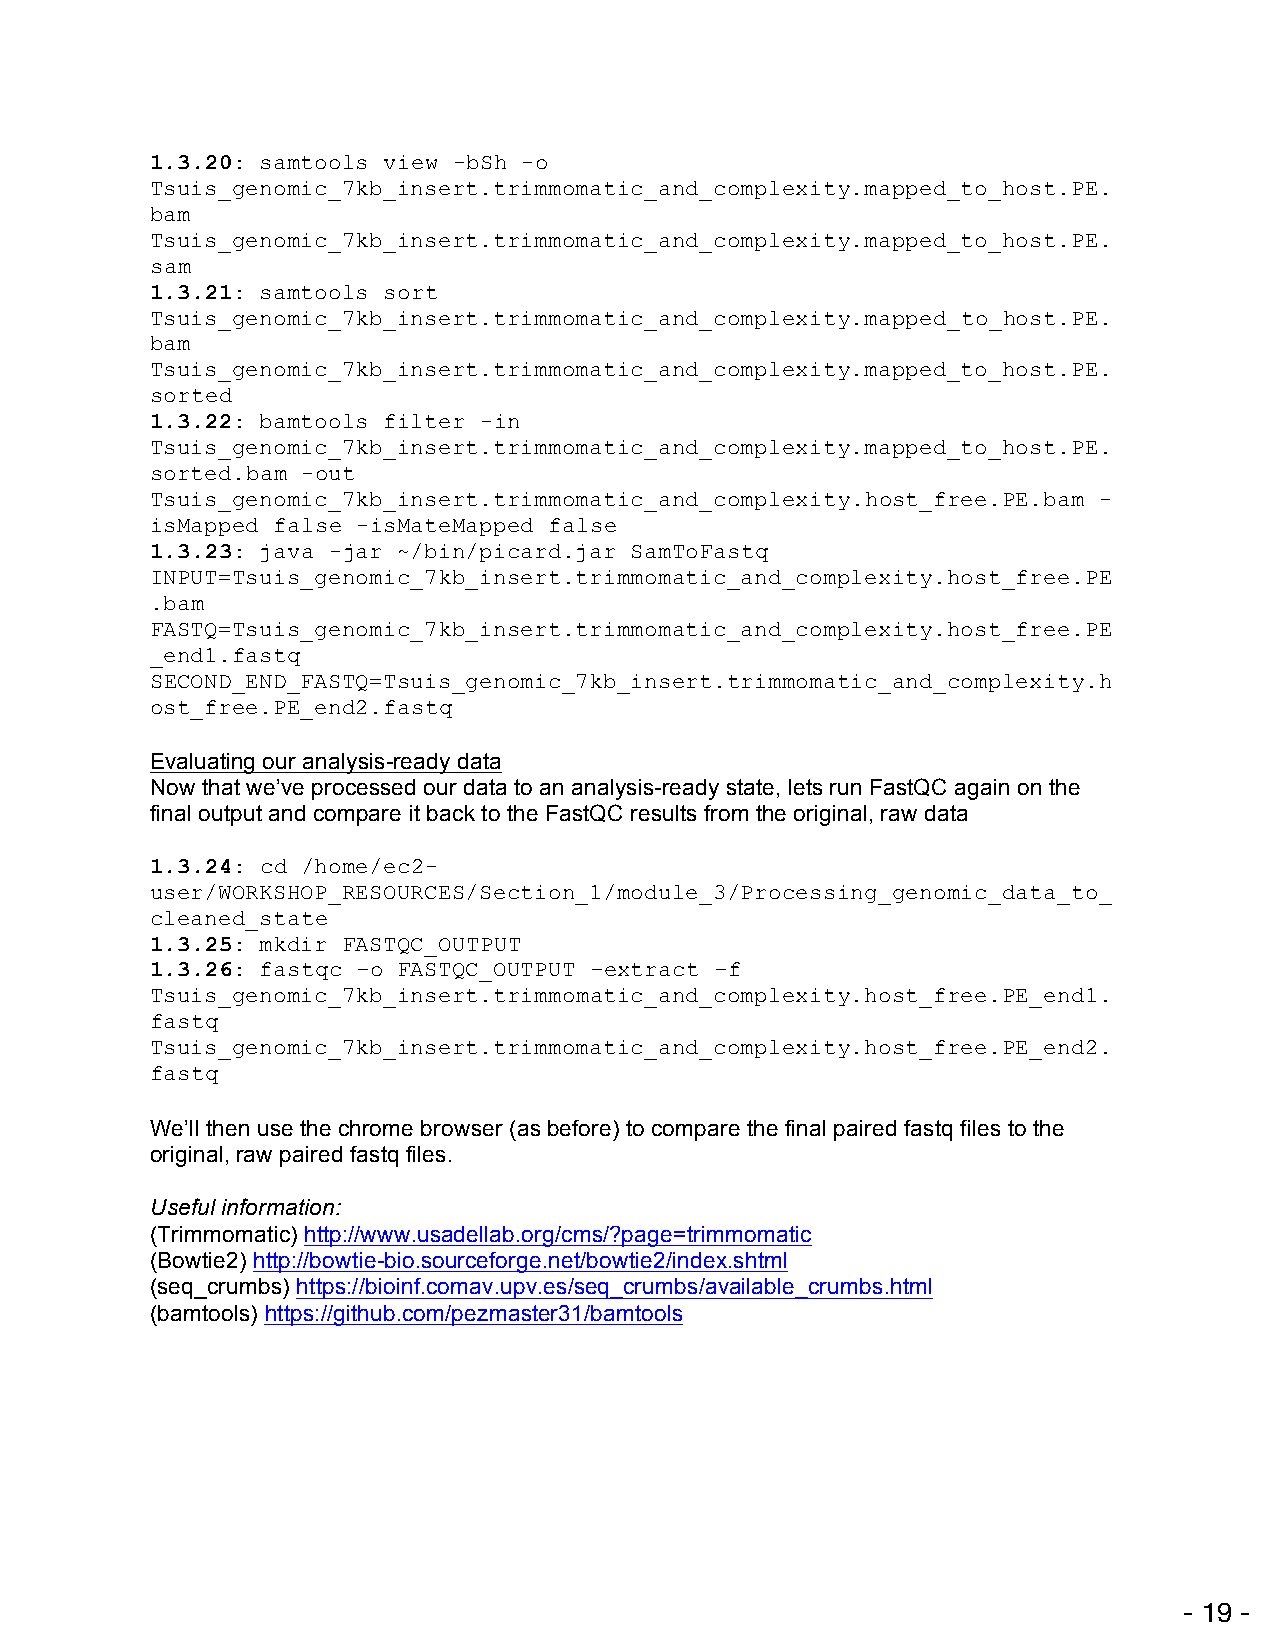
1.3.20: samtools view -bSh -o
 Tsuis_genomic_7kb_insert.trimmomatic_and_complexity.mapped_to_host.PE.
 bam
 Tsuis_genomic_7kb_insert.trimmomatic_and_complexity.mapped_to_host.PE.
 sam
 1.3.21: samtools sort
 Tsuis_genomic_7kb_insert.trimmomatic_and_complexity.mapped_to_host.PE.
 bam
 Tsuis_genomic_7kb_insert.trimmomatic_and_complexity.mapped_to_host.PE.
 sorted
 1.3.22: bamtools filter -in
 Tsuis_genomic_7kb_insert.trimmomatic_and_complexity.mapped_to_host.PE.
 sorted.bam -out
 Tsuis_genomic_7kb_insert.trimmomatic_and_complexity.host_free.PE.bam -
 isMapped false -isMateMapped false
 1.3.23: java -jar ~/bin/picard.jar SamToFastq
 INPUT=Tsuis_genomic_7kb_insert.trimmomatic_and_complexity.host_free.PE
 .bam
 FASTQ=Tsuis_genomic_7kb_insert.trimmomatic_and_complexity.host_free.PE
 _end1.fastq
 SECOND_END_FASTQ=Tsuis_genomic_7kb_insert.trimmomatic_and_complexity.h
 ost_free.PE_end2.fastq
 Evaluating our analysis-ready data
 Now that we’ve processed our data to an analysis-ready state, lets run FastQC again on the
 final output and compare it back to the FastQC results from the original, raw data
 !
 1.3.24: cd /home/ec2-
 user/WORKSHOP_RESOURCES/Section_1/module_3/Processing_genomic_data_to_
 cleaned_state
 1.3.25: mkdir FASTQC_OUTPUT
 1.3.26: fastqc –o FASTQC_OUTPUT –extract –f
 Tsuis_genomic_7kb_insert.trimmomatic_and_complexity.host_free.PE_end1.
 fastq
 Tsuis_genomic_7kb_insert.trimmomatic_and_complexity.host_free.PE_end2.
 fastq
 !
 We’ll then use the chrome browser (as before) to compare the final paired fastq files to the
 original, raw paired fastq files.
 !
 Useful information:
 (Trimmomatic) http://www.usadellab.org/cms/?page=trimmomatic
 (Bowtie2) http://bowtie-bio.sourceforge.net/bowtie2/index.shtml
 (seq_crumbs) https://bioinf.comav.upv.es/seq_crumbs/available_crumbs.html
 (bamtools) https://github.com/pezmaster31/bamtools!
 !